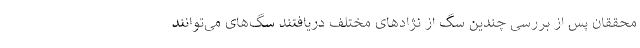
محققان پس از بررسی چندین سگ از نژادهای مختلف دریافتند سگ‌های می‌توانند